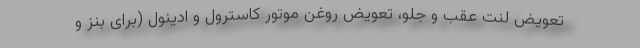
تعویض لنت عقب و جلو، تعویض روغن موتور کاسترول و ادینول (برای بنز و